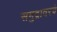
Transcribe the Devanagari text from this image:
समुद्रावरचे